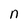
Character: n